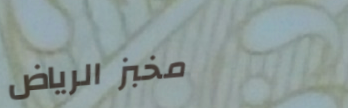
مخبز الرياض